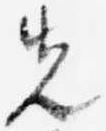
先